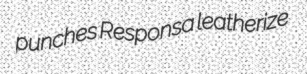
punches Responsa leatherize